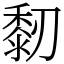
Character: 䵑